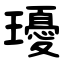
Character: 瓇